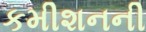
કમીશનની